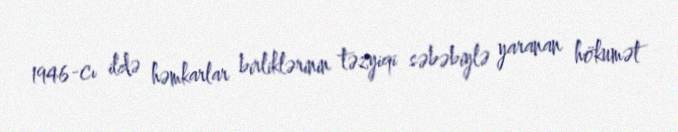
1946-cı ildə həmkarlar birliklərinin təzyiqi səbəbiylə yaranan hökumət